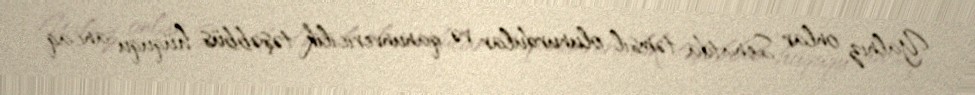
Yalnız onlar Senatda təmsil olunurdular və qanunvericilik təşəbbüs hüququ ancaq